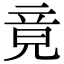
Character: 竟